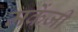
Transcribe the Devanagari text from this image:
मकेंजी